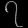
Digit: ၇